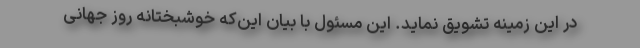
در این زمینه تشویق نماید. این مسئول با بیان این‌که خوشبختانه روز جهانی